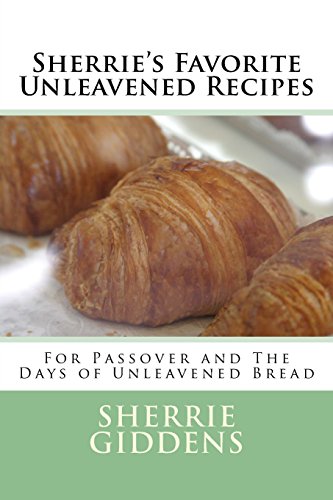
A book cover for Sherrie's Favorite Unleavened Recipes: For Passover and The Days of Unleavened Bread (Recipe Books and Cookbooks); Sherrie Giddens; Cookbooks, Food & Wine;